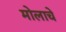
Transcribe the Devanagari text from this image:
मोलाचेे